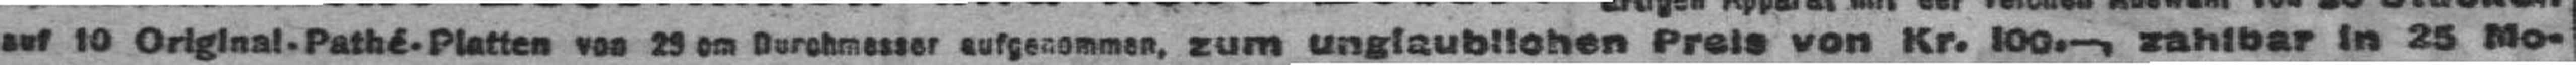
auf 10 Original-Pathé-Platten von 29 cm Durchmesser aufgenommen, zum unglaublichen Preis von Kr. 100.—, zahlbar in 25 Mo¬